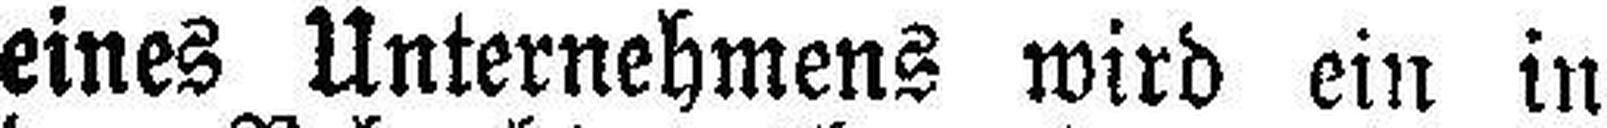
eines Unternehmens wird ein in